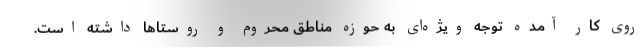
روی کار آمده توجه ویژه‌ای به حوزه مناطق محروم و روستاها داشته است.